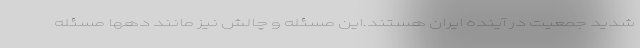
شدید جمعیت در آینده ایران هستند.این مسئله و چالش نیز مانند دهها مسئله